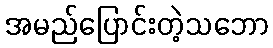
အမည်ပြောင်းတဲ့သဘော